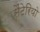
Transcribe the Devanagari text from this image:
सैंटेरियो